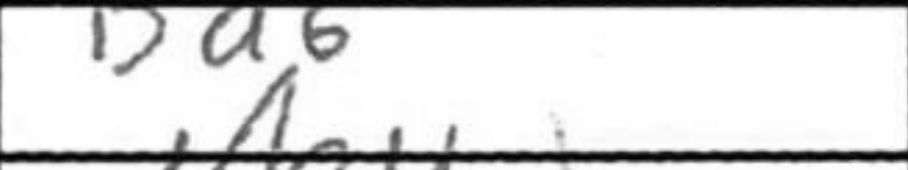
Transcription: Bd6